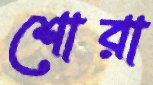
শোরা